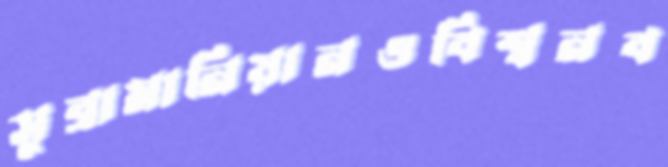
সুব্রামানিয়ানওবিশ্বনব